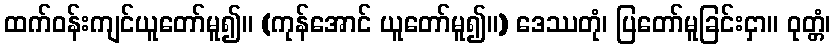
ထက်ဝန်းကျင်ယူတော်မူ၍။ (ကုန်အောင် ယူတော်မူ၍။) ဒေဿတုံ၊ ပြတော်မူခြင်းငှာ။ ဝုတ္တံ၊